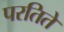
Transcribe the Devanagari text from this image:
परतिते